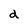
Character: d